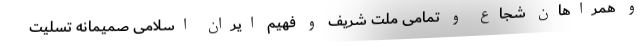
و همراهان شجاع و تمامی ملت شریف و فهیم ایران اسلامی صمیمانه تسلیت